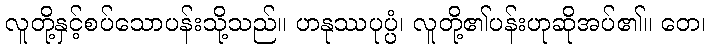
လူတို့နှင့်စပ်သောပန်းသို့သည်။ ဟနုဿပုပ္ပံ၊ လူတို့၏ပန်းဟုဆိုအပ်၏။ တေ၊